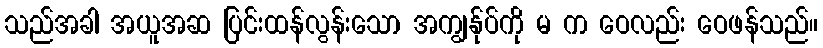
သည်အခါ အယူအဆ ပြင်းထန်လွန်းသော အကျွန်ုပ်ကို မ က ဝေလည်း ဝေဖန်သည်။